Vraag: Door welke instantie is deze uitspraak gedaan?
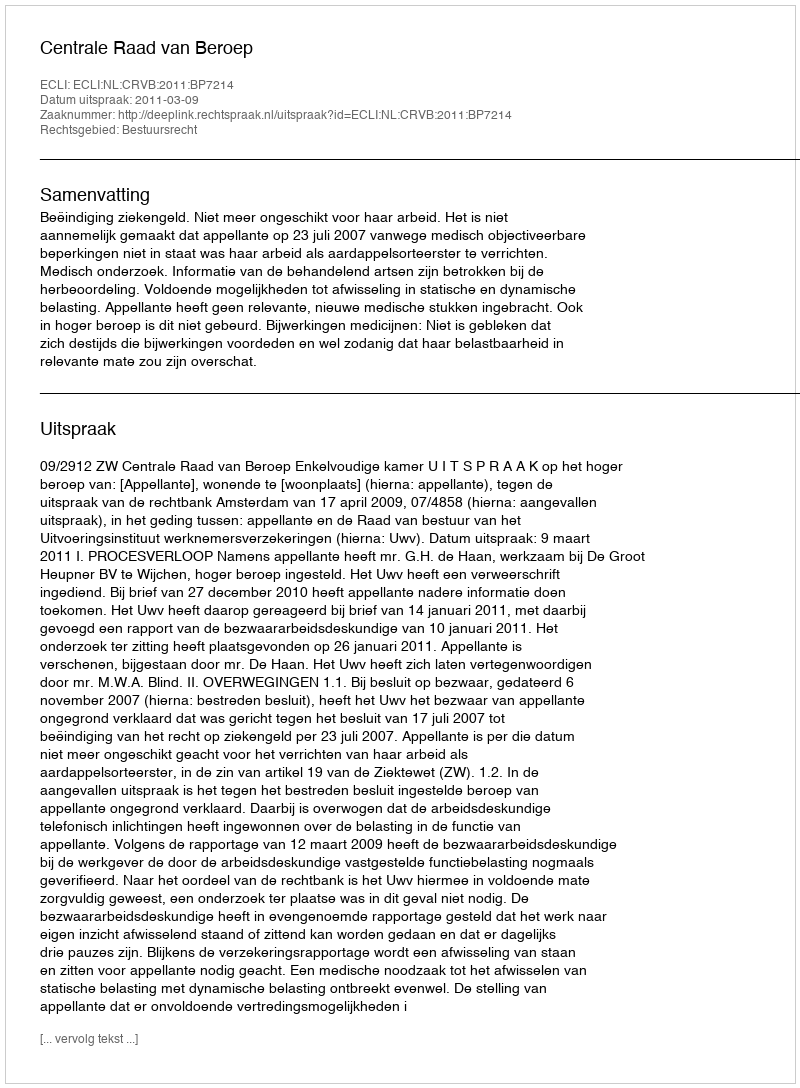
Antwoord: Centrale Raad van Beroep